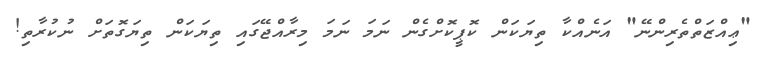
"ޢިއްޒަތްތެރިންނޭ" އަނެއްކާ ތިޔަކަން ކޮޕީކޮށްގެން ނަމަ ނަމަ މިރާއްޖޭގައި ތިޔަކަން ތިޔަގޮތަށް ނުކުރާތި!